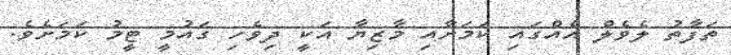
ތަފާތު ލެވެލް އެއްގައި ކަމަށާއި މާޒިޔާ އަކީ ދިވެހި ގައުމީ ޓީމު ކަމަށެވެ.